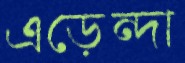
এড়েন্দা